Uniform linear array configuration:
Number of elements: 32
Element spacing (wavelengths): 0.25
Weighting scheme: cosine
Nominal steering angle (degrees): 0
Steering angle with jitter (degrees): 1.923
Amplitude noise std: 0.05
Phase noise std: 0.05

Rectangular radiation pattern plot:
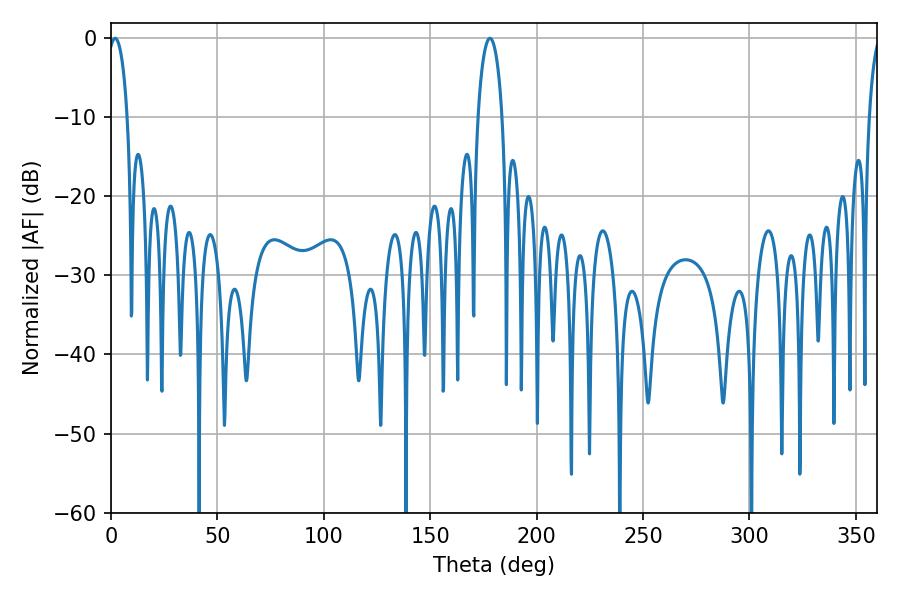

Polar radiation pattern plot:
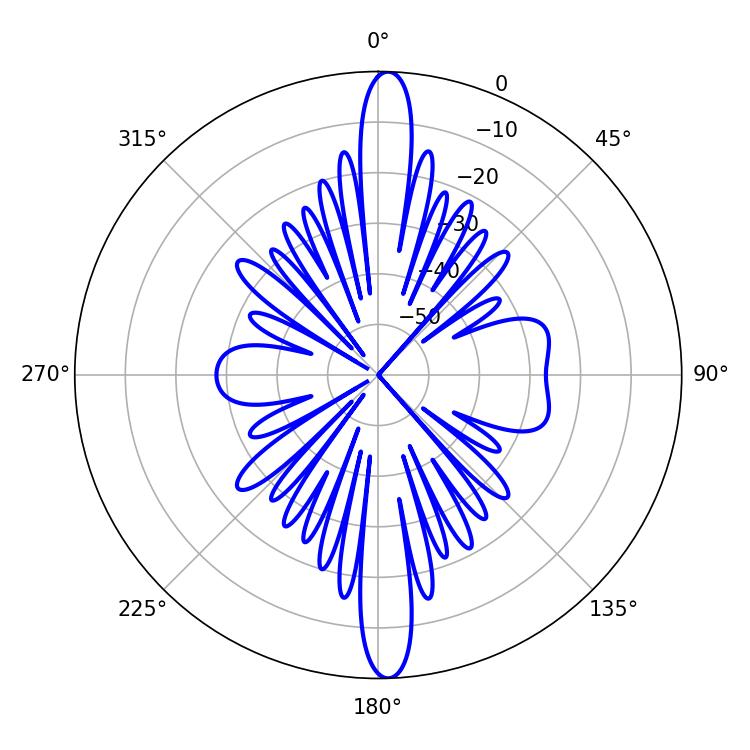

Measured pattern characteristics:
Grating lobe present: FALSE
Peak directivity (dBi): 23.178
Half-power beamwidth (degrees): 5.22
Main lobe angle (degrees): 1.98